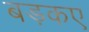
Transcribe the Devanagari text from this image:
बड़कए